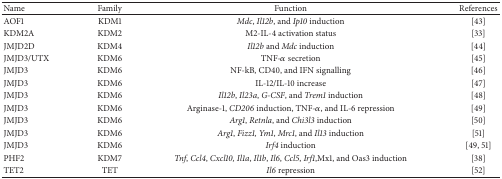
| Name | Family | Function | References |
 | --- | --- | --- | --- |
 | AOF1 | KDM1 | Mdc, Il12b, and Ip10 induction | [43] |
 | KDM2A | KDM2 | M2-IL-4 activation status | [33] |
 | JMJD2D | KDM4 | Il12b and Mdc induction | [44] |
 | JMJD3/UTX | KDM6 | TNF-α secretion | [45] |
 | JMJD3 | KDM6 | NF-kB, CD40, and IFN signalling | [46] |
 | JMJD3 | KDM6 | IL-12/IL-10 increase | [47] |
 | JMJD3 | KDM6 | Il12b, Il23a, G-CSF, and Trem1 induction | [48] |
 | JMJD3 | KDM6 | Arginase-1, CD206 induction, TNF-α, and IL-6 repression | [49] |
 | JMJD3 | KDM6 | Arg1, Retnla, and Chi3l3 induction | [50] |
 | JMJD3 | KDM6 | Arg1, Fizz1, Ym1, Mrc1, and Il13 induction | [51] |
 | JMJD3 | KDM6 | Irf4 induction | [49, 51] |
 | PHF2 | KDM7 | Tnf, Ccl4, Cxcl10, Il1a, Il1b, Il6, Ccl5, Irf1, Mx1, and Oas3 induction | [38] |
 | TET2 | TET | Il6 repression | [52] |